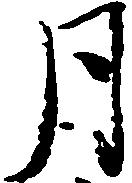
月